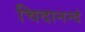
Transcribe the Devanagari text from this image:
चिदानन्दं